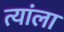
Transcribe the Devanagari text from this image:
त्यांला